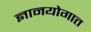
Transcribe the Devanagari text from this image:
ज्ञानयोगात